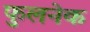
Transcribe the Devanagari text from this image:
फुलनेक